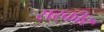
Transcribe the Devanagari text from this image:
सरकीर